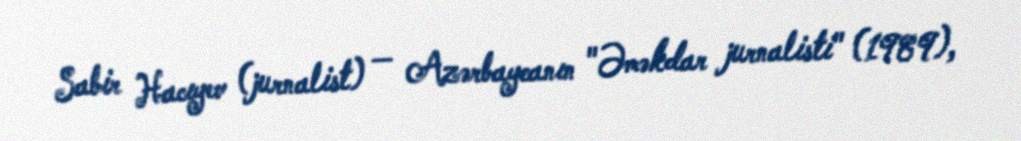
Sabir Hacıyev (jurnalist) — Azərbaycanın "Əməkdar jurnalisti" (1989),